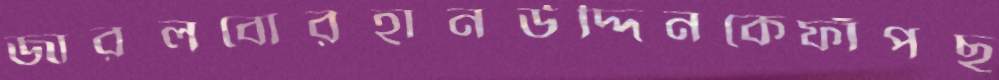
জারলবোরহানউদ্দিনকেফাঁপছ